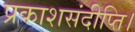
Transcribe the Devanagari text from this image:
प्रकाशसंदीप्ति।